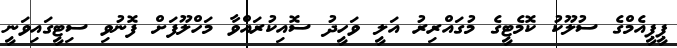
ޕީޕީއެމްގެ ސުލޫކު ކޮމެޓީގެ މުގައްރިރު އަލީ ވަހީދު ސޮއިކުރައްވާ މަހްލޫފަށް ފޮނުވި ސިޓީގައިވަނީ